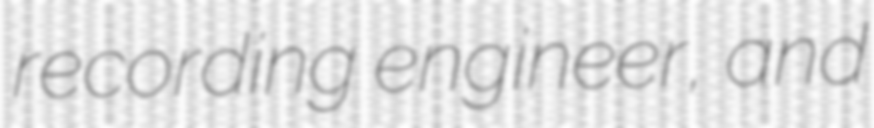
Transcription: recording engineer, and